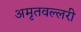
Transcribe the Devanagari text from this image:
अमृतवल्लरी